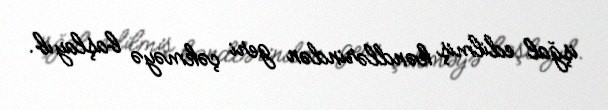
işğal edilmiş kəndlərindən geri çəkməyə başlayıb.